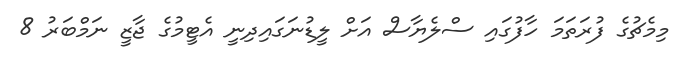
މިމެޗުގެ ފުރަތަމަ ހާފުގައި ސްލެޔާސް އަށް ލީޑުނަގައިދިނީ އެޓީމުގެ ޖާޒީ ނަމްބަރު 8